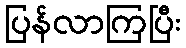
ပြန်လာကြပြီး